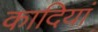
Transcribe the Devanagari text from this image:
कादियां